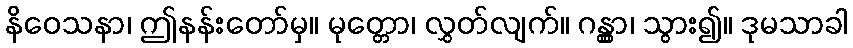
နိဝေသနာ၊ ဤနန်းတော်မှ။ မုတ္တော၊ လွှတ်လျက်။ ဂန္တွာ၊ သွား၍။ ဒုမသာခါ